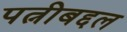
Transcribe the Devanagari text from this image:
पत्नीबद्दल